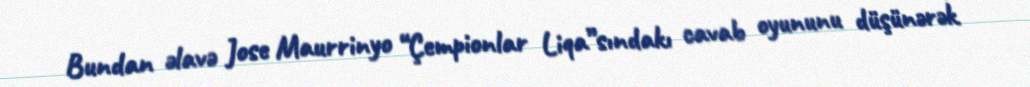
Bundan əlavə Jose Maurrinyo “Çempionlar Liqa”sındakı cavab oyununu düşünərək